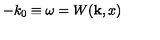
- k _ { 0 } { } \equiv { } \omega { } = { } W ( { \bf k } , x )